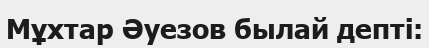
Мұхтар Әуезов былай депті: